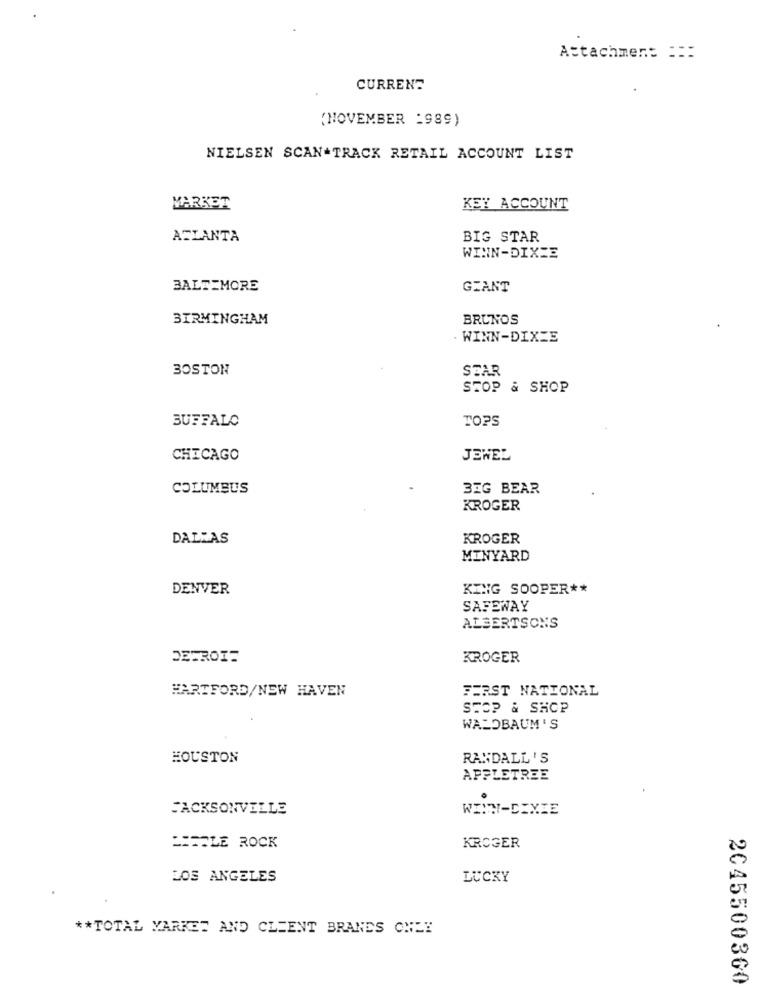
Attachment :::
CURRENT
(NOVEMBER :989)
NIELSEN SCAN-TRACK RETAIL ACCOUNT LIST
MARKET
KEY ACCOUNT
ATLANTA
BIG STAR
WINN-DIXIE
BALTIMORE
GEANT
BIRMINGHAM
BRUNOS
WINN-DIXIE
BOSTON
STAR
STOP & SHOP
TOPS
BUFFALO
CHICAGO
JEWEL
COLUMBUS
BIG BEAR
KROGER
DALLAS
KROGER
MINYARD
DENVER
KING SOOPER **
SAFEWAY
ALBERTSONS
KROGER
HARTFORD/NEW HAVEN
FIRST NATIONAL
SECP & SHOP
WALDBAUM'S
HOUSTON
RANDALL'S
APPLETREE
JACKSONVILLE
WINN-DIXIE
PEOPLE ROCK
KROGER
LOS ANGELES
LUCKY
** TOTAL MARKET AND CLIENT BRANDS ONLY
2045500360